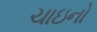
ચાઇનો